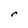
Character: r